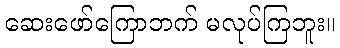
ဆေးဖော်ကြောဘက် မလုပ်ကြဘူး။